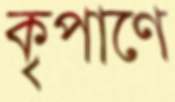
কৃপাণে